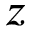
z